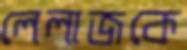
লেলাজকে